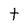
Character: t